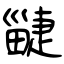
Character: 疀